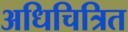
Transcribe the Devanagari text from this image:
अधिचित्रित